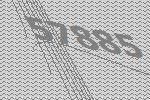
57885